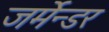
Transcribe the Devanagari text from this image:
जर्मेन्डर